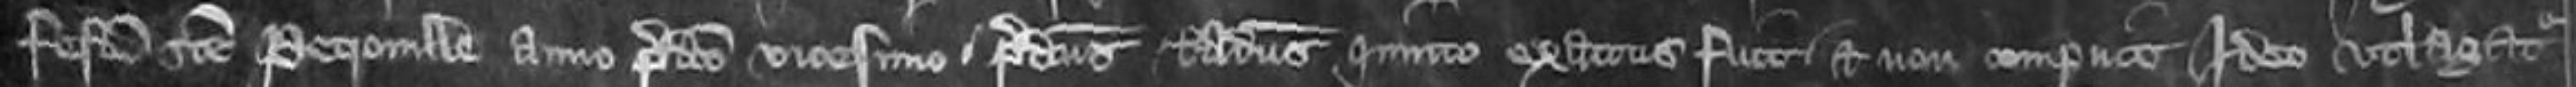
Festum Sancte Petronille anno predicto vicesimo predictus Radulphus quinto exactus fuit et non comperuit Ideo utlagaretur